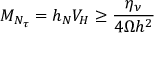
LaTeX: M _ { N _ { \tau } } = h _ { N } V _ { H } \geq \frac { \eta _ { \nu } } { 4 \Omega h ^ { 2 } }